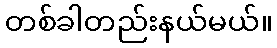
တစ်ခါတည်းနယ်မယ်။